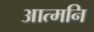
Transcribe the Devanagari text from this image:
आत्मनि